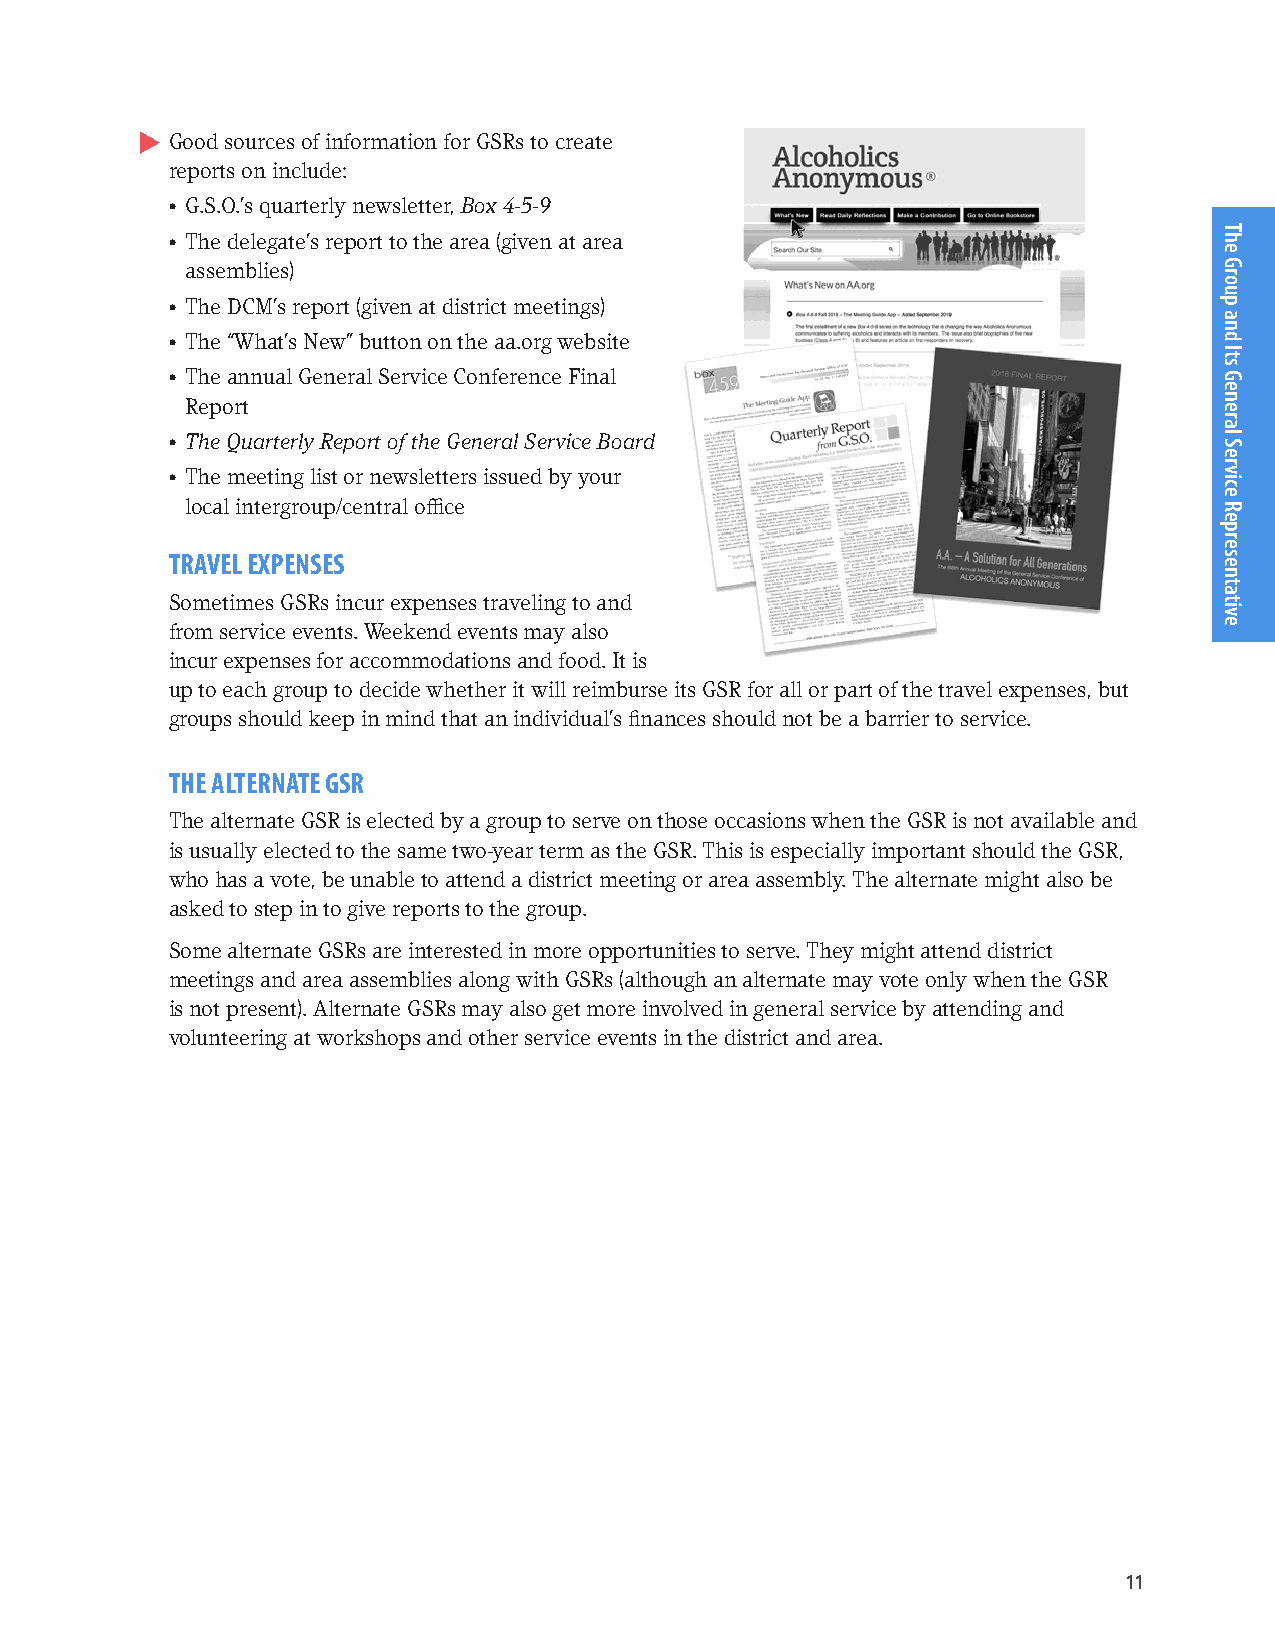
Good sources of information for GSRs to create
 reports on include:
 • G.S.O.’s quarterly newsletter, Box 4-5-9
 • The delegate’s report to the area (given at area
 assemblies)
 • The DCM’s report (given at district meetings)
 • The “What’s New” button on the aa.org website
 • The annual General Service Conference Final
 Report
 • The Quarterly Report of the General Service Board
 • The meeting list or newsletters issued by your
 local intergroup/central office
 TRAVEL EXPENSES
 Sometimes GSRs incur expenses traveling to and
 from service events. Weekend events may also
 incur expenses for accommodations and food. It is
 up to each group to decide whether it will reimburse its GSR for all or part of the travel expenses, but
 groups should keep in mind that an individual’s finances should not be a barrier to service.
 THE ALTERNATE GSR
 The alternate GSR is elected by a group to serve on those occasions when the GSR is not available and
 is usually elected to the same two-year term as the GSR. This is especially important should the GSR,
 who has a vote, be unable to attend a district meeting or area assembly. The alternate might also be
 asked to step in to give reports to the group.
 Some alternate GSRs are interested in more opportunities to serve. They might attend district
 meetings and area assemblies along with GSRs (although an alternate may vote only when the GSR
 is not present). Alternate GSRs may also get more involved in general service by attending and
 volunteering at workshops and other service events in the district and area.
 11
 The
 Group
 and
 Its
 General
 Service
 Representative